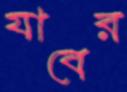
যাবের